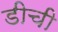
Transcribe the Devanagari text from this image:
डीची